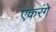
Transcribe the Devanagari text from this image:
एकरंगे